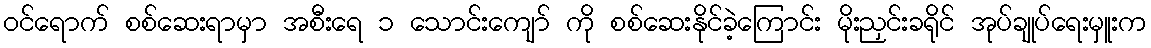
ဝင်ရောက် စစ်ဆေးရာမှာ အစီးရေ ၁ သောင်းကျော် ကို စစ်ဆေးနိုင်ခဲ့ကြောင်း မိုးညှင်းခရိုင် အုပ်ချုပ်ရေးမှူးက